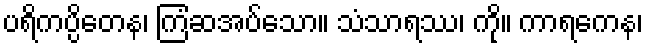
ပရိကပ္ပိတေန၊ ကြံဆအပ်သော။ သံသာရဿ၊ ကို။ ကာရကေန၊